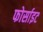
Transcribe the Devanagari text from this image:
फोर्साइट